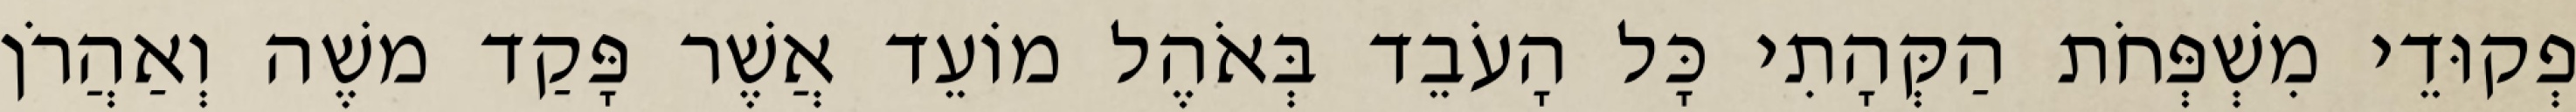
פְקוּדֵי מִשְׁפְּחֹת הַקְּהָתִי כָּל הָעֹבֵד בְּאֹהֶל מוֹעֵד אֲשֶׁר פָּקַד משֶׁה וְאַהֲרֹן